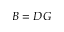
B = D G